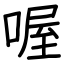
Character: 喔